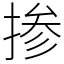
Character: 掺